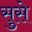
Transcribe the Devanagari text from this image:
सुसे